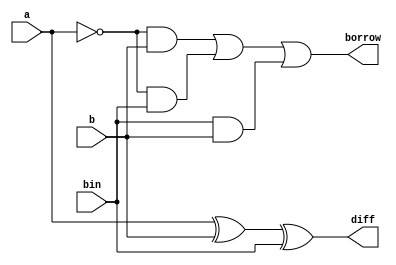
module fsub(a,b,bin,diff,borrow);
  input a,b,bin;
  output reg diff,borrow;
  
  always@(a,b,bin)
    begin
      diff=a^b^bin;
      borrow=(~a&b)|(~a&bin)|(bin&b);
    end
endmodule